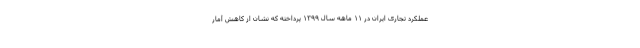
عملکرد تجاری ایران در ۱۱ ماهه سال ۱۳۹۹ پرداخته که نشان از کاهش آمار